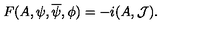
F ( A , \psi , \overline { \psi } , \phi ) = - i ( A , { \cal J } ) .